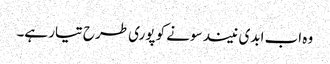
وہ اب ابدی نیند سونے کو پوری طرح تیار ہے۔